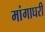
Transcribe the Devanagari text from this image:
मांगाघरी